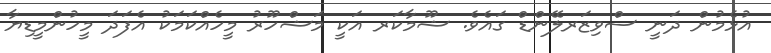
އުޅެމުން ދަނީ ސްވިޒަރލޭންޑް ގައެވެ. ޝޫމާކަރ އަކީ މަޝްހޫރު މީހެއްކަމަކު އެފަދަ މީހުންމީޑިޔާ